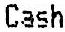
CASH